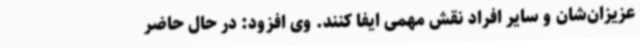
عزیزان‌شان و سایر افراد نقش مهمی ایفا کنند. وی افزود: در حال حاضر